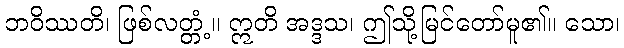
ဘဝိဿတိ၊ ဖြစ်လတ္တံ့။ ဣတိ အဒ္ဒသ၊ ဤသို့မြင်တော်မူ၏။ သော၊